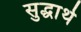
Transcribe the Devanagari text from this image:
सुद्धार्थ